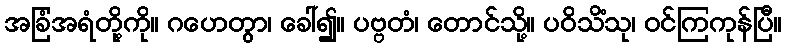
အခြံအရံတို့ကို။ ဂဟေတွာ၊ ခေါ်၍။ ပဗ္ဗတံ၊ တောင်သို့။ ပဝိသိံသု၊ ဝင်ကြကုန်ပြီ။